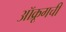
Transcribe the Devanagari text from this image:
ऑक्रूगची